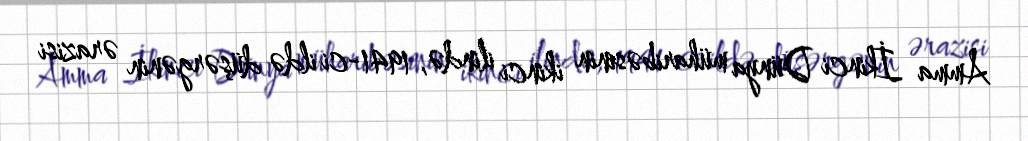
Amma İkinci Dünya müharibəsinin ikinci ilində, 1941-ci ildə düşərgənin ərazisi